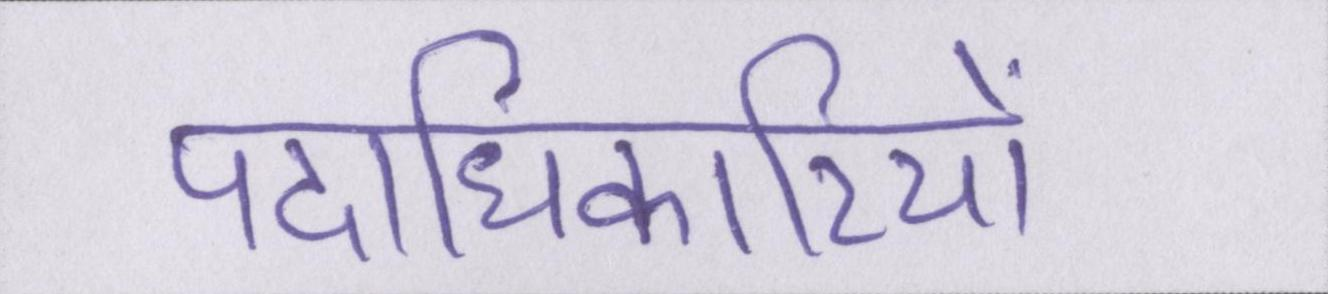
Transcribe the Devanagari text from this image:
पदाधिकारियों